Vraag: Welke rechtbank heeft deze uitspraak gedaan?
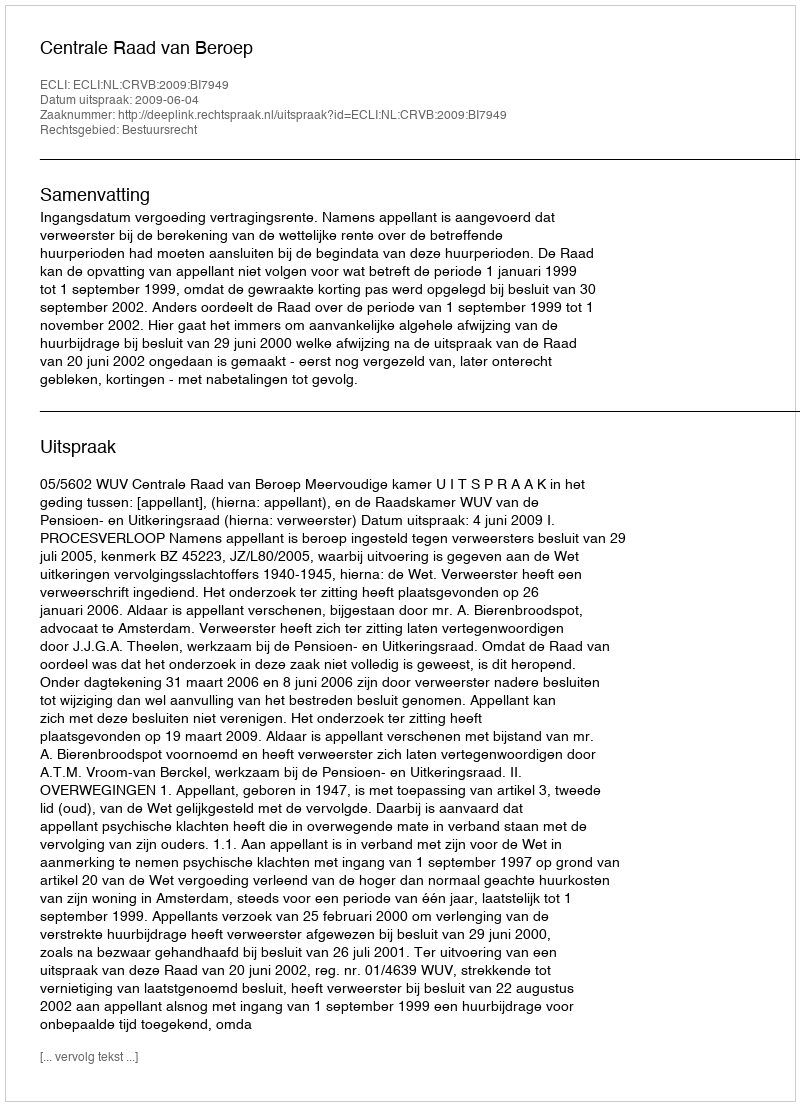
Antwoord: Centrale Raad van Beroep